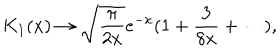
K _ { 1 } ( x ) \to \sqrt { { \frac { \pi } { 2 x } } } e ^ { - x } ( 1 + { \frac { 3 } { 8 x } } + \cdots ) ,